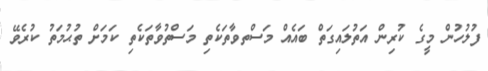
ފުލުހުން މީގެ ކުރިން އަތުލައިގަތް ބައެއް މަސްތވާތަކެތި މަސްތުވާތަކެތި ކަމަށް ތުޙުމަތު ކުރެވޭ